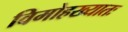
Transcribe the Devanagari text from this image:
विमोहख्यातः